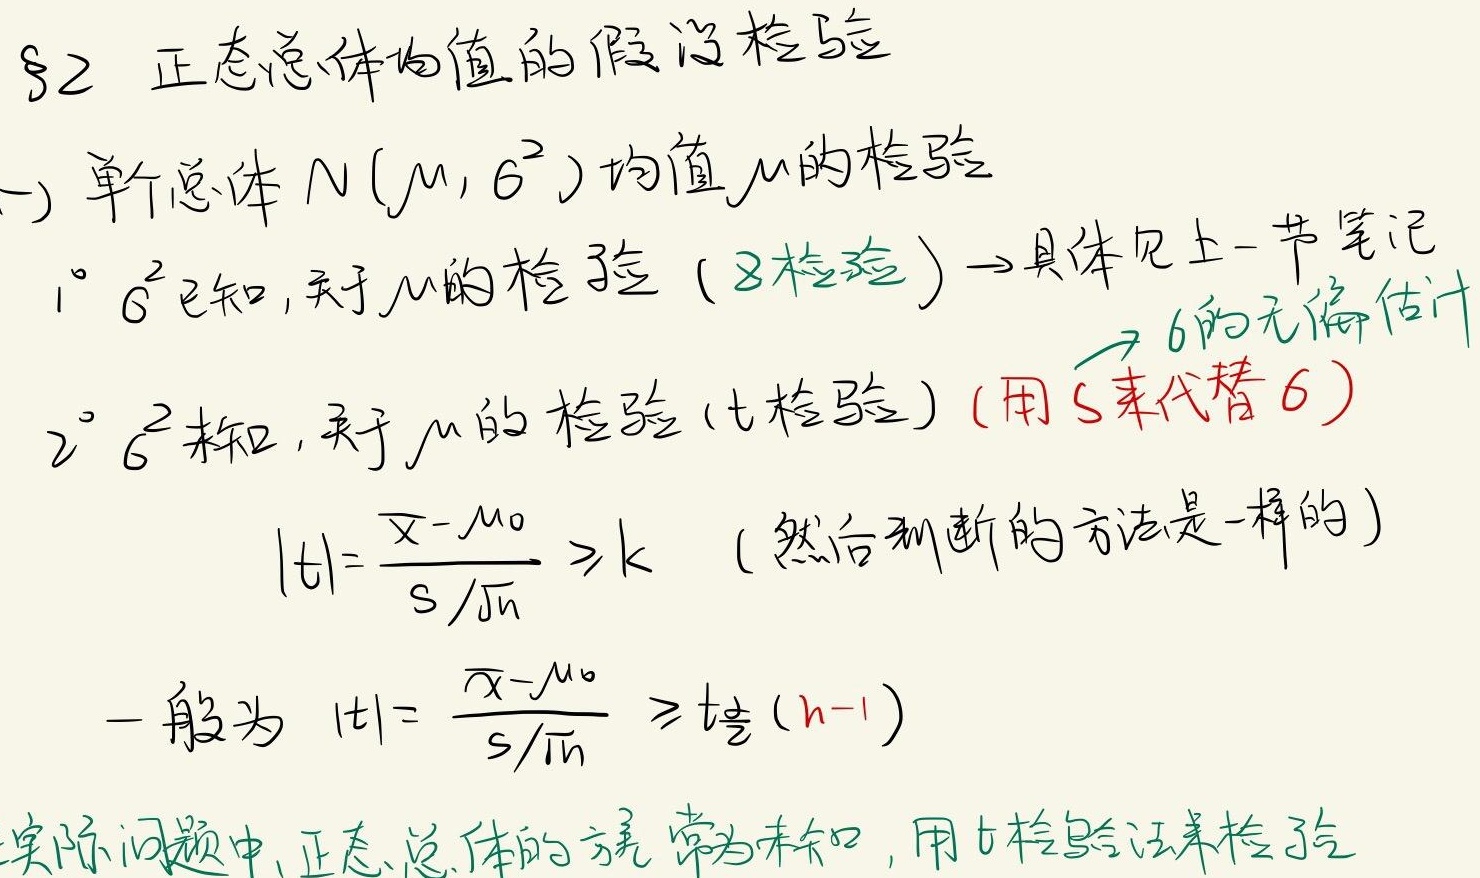
§2 正态总体均值的假设检验

(一) 单总体 \(N(\mu,\sigma^{2})\) 均值 \(\mu\) 的检验

1° \(\sigma^{2}\) 已知，关于 \(\mu\) 的检验（\(Z\) 检验）→ 具体见上 - 节笔记

2° \(\sigma^{2}\) 未知，关于 \(\mu\) 的检验（\(t\) 检验）（用 \(S\) 来代替 \(\sigma\)）

\[|t|=\frac{\overline{x}-\mu_{0}}{S/\sqrt{n}}\geqslant k\quad(\text{然后判断的方法是一样的})\]

一般为 \(|t|=\frac{\overline{x}-\mu_{0}}{S/\sqrt{n}}\geqslant t_{\frac{\alpha}{2}}(n - 1)\)

实际问题中，正态总体的方差常为未知，用 \(t\) 检验法来检验